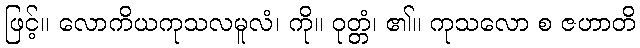
ဖြင့်။ လောကိယကုသလမူလံ၊ ကို။ ဝုတ္တံ၊ ၏။ ကုသလော စ ဇဟာတိ